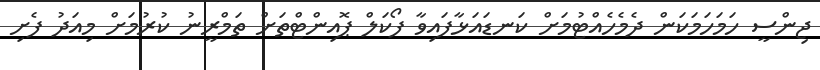
ޖިންސީ ހަމަހަމަކަން ދެމެހެއްޓުމަށް ކަނޑައަޅާފައިވާ ފޯކަލް ޕޮއިންޓްތަށް ތަމްރީނު ކުރުމަށް މިއަދު ފެށި